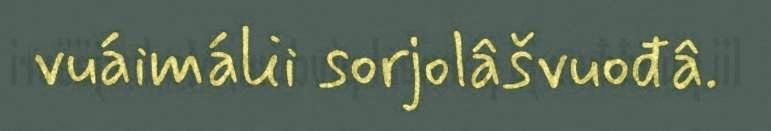
vuáimálii sorjolâšvuođâ.